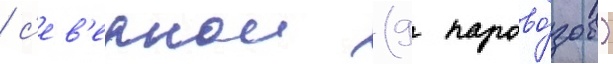
/ с'ев'ернои (9 парово́зов)